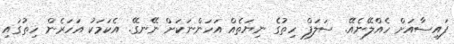
ފައިސާއަށް ހެއްލޭނެއޭ. ސަލަފް ހިތުގެ ނިޔަތެއް އަހަންނަކަށް ނޭނގޭ. އެކަމަކު އަހަރެން ހިތުގައި